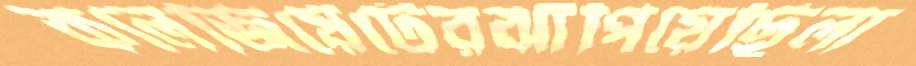
কলেজিয়েটেরঝাঁপিয়েছিলা